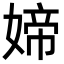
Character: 媂